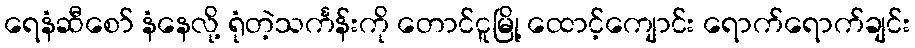
ရေနံဆီစော် နံနေလို့ ရုံတဲ့သင်္ကန်းကို တောင်ငူမြို့ ထောင့်ကျောင်း ရောက်ရောက်ချင်း